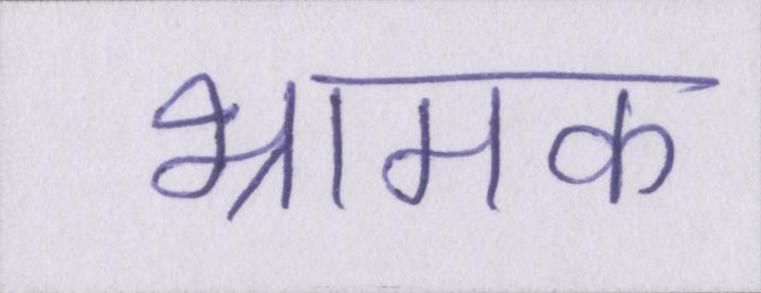
भ्रामक